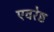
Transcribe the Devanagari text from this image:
एवरेष्ट